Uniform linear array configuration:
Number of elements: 16
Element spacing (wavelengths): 0.25
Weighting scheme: cosine
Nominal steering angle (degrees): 45
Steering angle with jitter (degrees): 44.33
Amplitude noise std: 0.05
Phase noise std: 0.05

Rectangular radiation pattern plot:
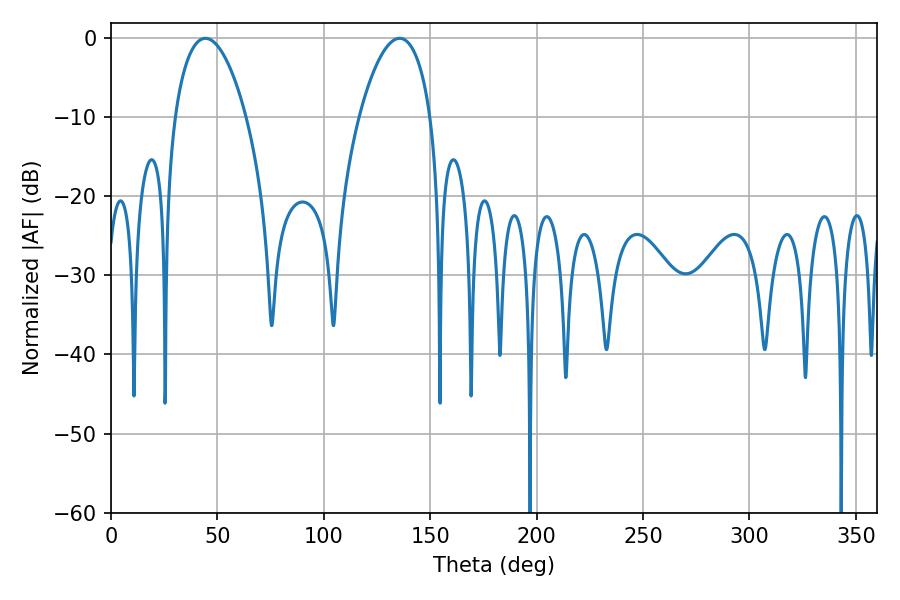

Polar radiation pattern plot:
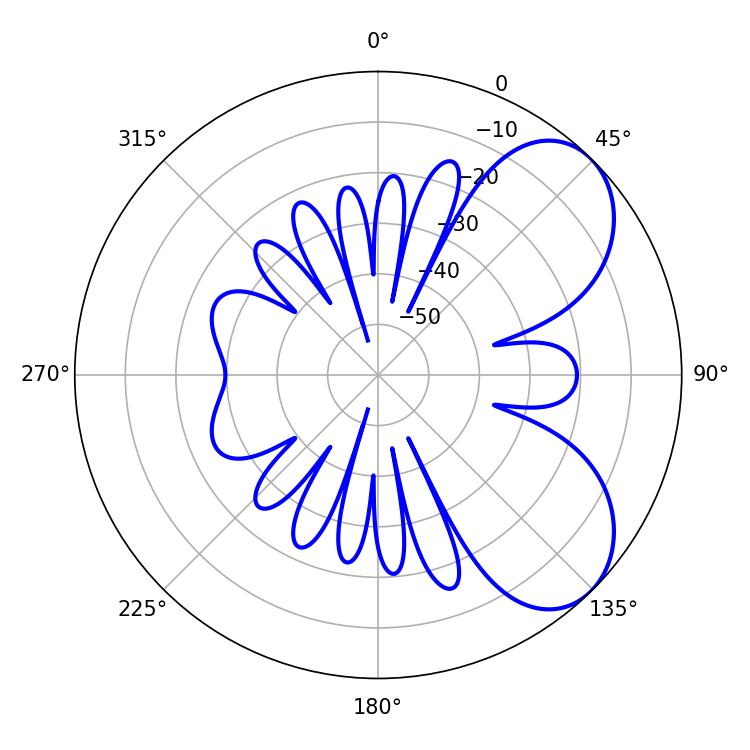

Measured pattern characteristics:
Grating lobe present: FALSE
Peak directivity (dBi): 6.082
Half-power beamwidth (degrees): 18.9
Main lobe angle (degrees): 44.28